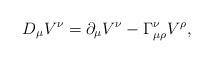
LaTeX: \begin{align*}D_\mu V^\nu = \partial_\mu V^\nu - \Gamma_{\mu\rho}^\nu V^\rho,\end{align*}